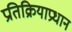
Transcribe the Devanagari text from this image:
प्रतिक्रियाप्रधान